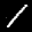
Label: 1